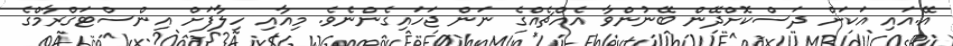
އޭ.އައި އަކަށް ދަސްކޮށްދޭން ބޭނުންވާ އެއްޗެއްގެ ނަން ޖަހައިގެންނެވެ. މިއާއި ހިލާފަށް އިންސްޓަގްރާމްގެ